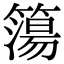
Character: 簜